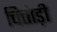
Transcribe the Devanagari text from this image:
चित्तोड़ी